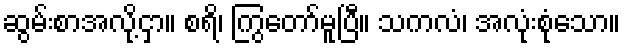
ဆွမ်းစာအလို့ငှာ။ စရိ၊ ကြွတော်မူပြီ။ သကလံ၊ အလုံးစုံသော။